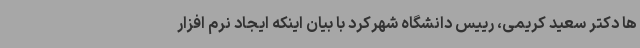
ها دکتر سعید کریمی، رییس دانشگاه شهرکرد با بیان اینکه ایجاد نرم افزار